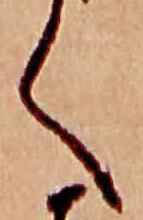
く